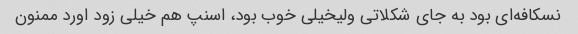
نسکافه‌ای بود به جای شکلاتی ولیخیلی خوب بود، اسنپ هم خیلی زود اورد ممنون